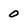
Character: 0